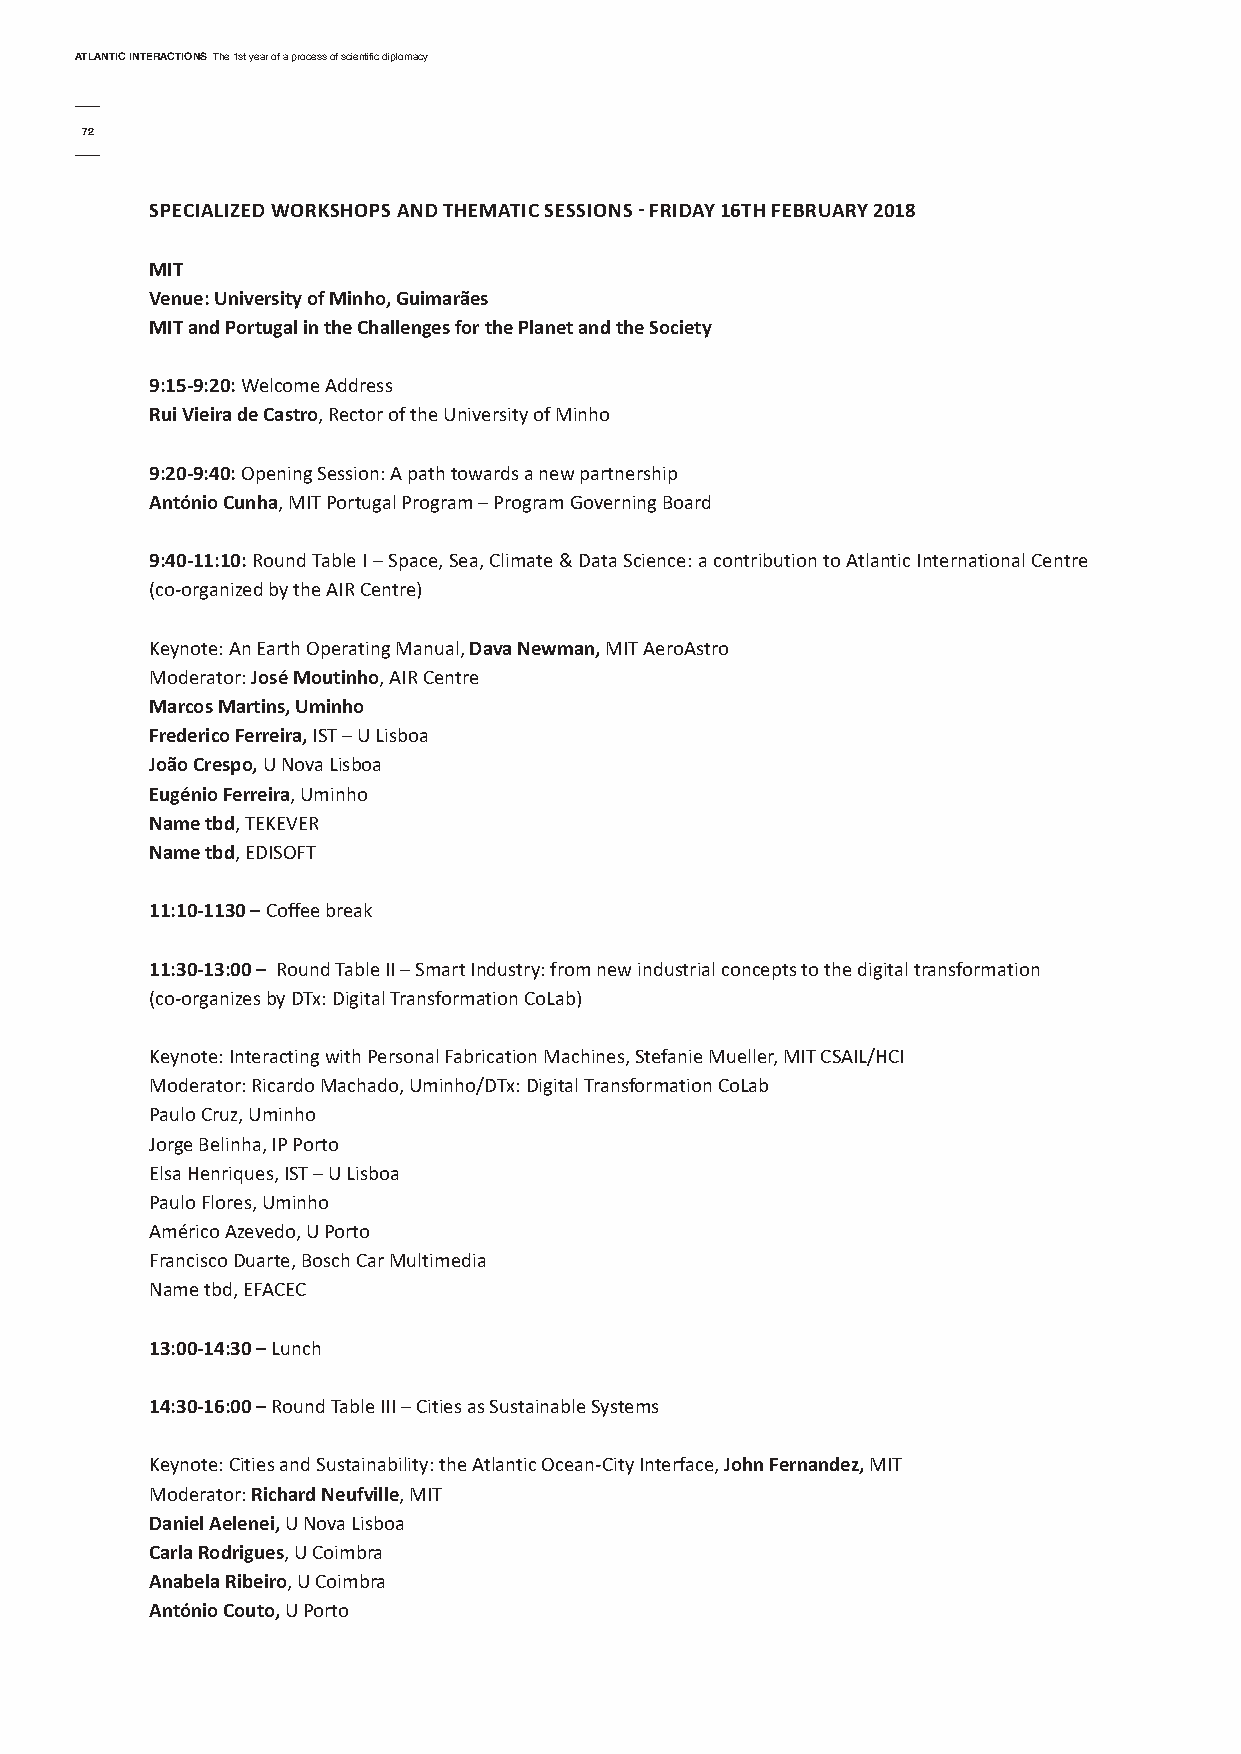
AtlAntic interActionsThe 1st year of a process of scientific diplomacy
 72
 sPeciALized WorKsHoPs And tHeMAtic sessions - fridAy 16tH februAry 2018
 Mit
 Venue: university of Minho, Guimarães
 Mit and Portugal in the challenges for the Planet and the society
 9:15-9:20:Welcome Address
 rui Vieira de castro, Rector of the University of Minho
 9:20-9:40:Opening Session: A path towards a new partnership
 António cunha, MIT Portugal Program – Program Governing Board
 9:40-11:10:Round Table I – Space, Sea, Climate & Data Science: a contribution to Atlantic International Centre
 (co-organized by the AIR Centre)
 Keynote: An Earth Operating Manual, dava newman,MIT AeroAstro
 Moderator: José Moutinho, AIR Centre
 Marcos Martins, uminho
 frederico ferreira,IST – U Lisboa
 João crespo,U Nova Lisboa
 eugénio ferreira, Uminho
 name tbd, TEKEVER
 name tbd, EDISOFT
 11:10-1130 –Coffee break
 11:30-13:00 – Round Table II – Smart Industry: from new industrial concepts to the digital transformation
 (co-organizes by DTx: Digital Transformation CoLab)
 Keynote: Interacting with Personal Fabrication Machines, Stefanie Mueller, MIT CSAIL/HCI
 Moderator: Ricardo Machado, Uminho/DTx: Digital Transformation CoLab
 Paulo Cruz, Uminho
 Jorge Belinha, IP Porto
 Elsa Henriques, IST – U Lisboa
 Paulo Flores, Uminho
 Américo Azevedo, U Porto
 Francisco Duarte, Bosch Car Multimedia
 Name tbd, EFACEC
 13:00-14:30 – Lunch
 14:30-16:00 –Round Table III – Cities as Sustainable Systems
 Keynote: Cities and Sustainability: the Atlantic Ocean-City Interface, John fernandez,MIT
 Moderator: richard neufville, MIT
 daniel Aelenei,U Nova Lisboa
 carla rodrigues, U Coimbra
 Anabela ribeiro, U Coimbra
 António couto,U Porto